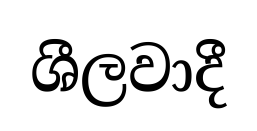
ශීලවාදී